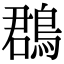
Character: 鵘